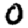
Digit: 0